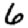
Digit: 6